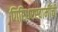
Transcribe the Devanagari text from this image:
गिरिधरस्वामींची